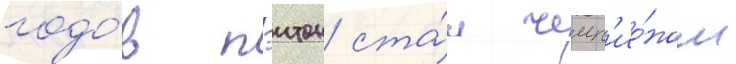
годо́в пэитон ста́л чемп'ио́ном